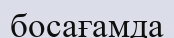
босағамда